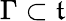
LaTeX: \Gamma\subset{\mathfrak{t}}